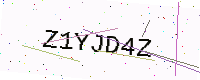
Text: Z1YJD4Z